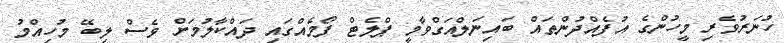
ހުނަރުވެރި މީހުންގެ އުފެއްދުންތައް ބައިނަލްއަގްވާމީ ޕްލެޓް ފޯމެއްގައި ދައްކާލުމަށް ވެސް ލިބޭ މުހިއްމު